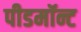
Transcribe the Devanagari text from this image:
पीडमॉन्ट